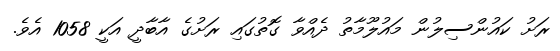
ރަށު ކައުންސިލުން މައުލޫމާތު ދެއްވާ ގޮތުގައި ރަށުގެ އާބާދީ އަކީ 1058 އެވެ.